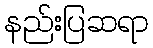
နည်းပြဆရာ